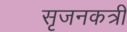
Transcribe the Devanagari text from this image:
सृजनकत्री